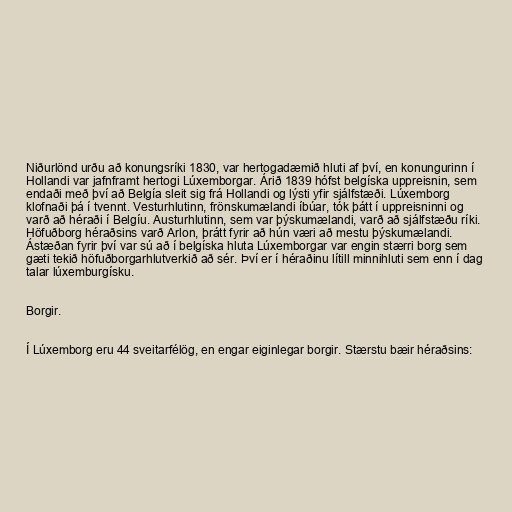
Niðurlönd urðu að konungsríki 1830, var hertogadæmið hluti af því, en konungurinn í
Hollandi var jafnframt hertogi Lúxemborgar. Árið 1839 hófst belgíska uppreisnin, sem
endaði með því að Belgía sleit sig frá Hollandi og lýsti yfir sjálfstæði. Lúxemborg
klofnaði þá í tvennt. Vesturhlutinn, frönskumælandi íbúar, tók þátt í uppreisninni og
varð að héraði í Belgíu. Austurhlutinn, sem var þýskumælandi, varð að sjálfstæðu ríki.
Höfuðborg héraðsins varð Arlon, þrátt fyrir að hún væri að mestu þýskumælandi.
Ástæðan fyrir því var sú að í belgíska hluta Lúxemborgar var engin stærri borg sem
gæti tekið höfuðborgarhlutverkið að sér. Því er í héraðinu lítill minnihluti sem enn í dag
talar lúxemburgísku.

Borgir.

Í Lúxemborg eru 44 sveitarfélög, en engar eiginlegar borgir. Stærstu bæir héraðsins: